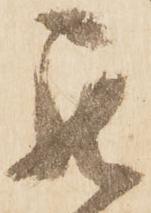
罷